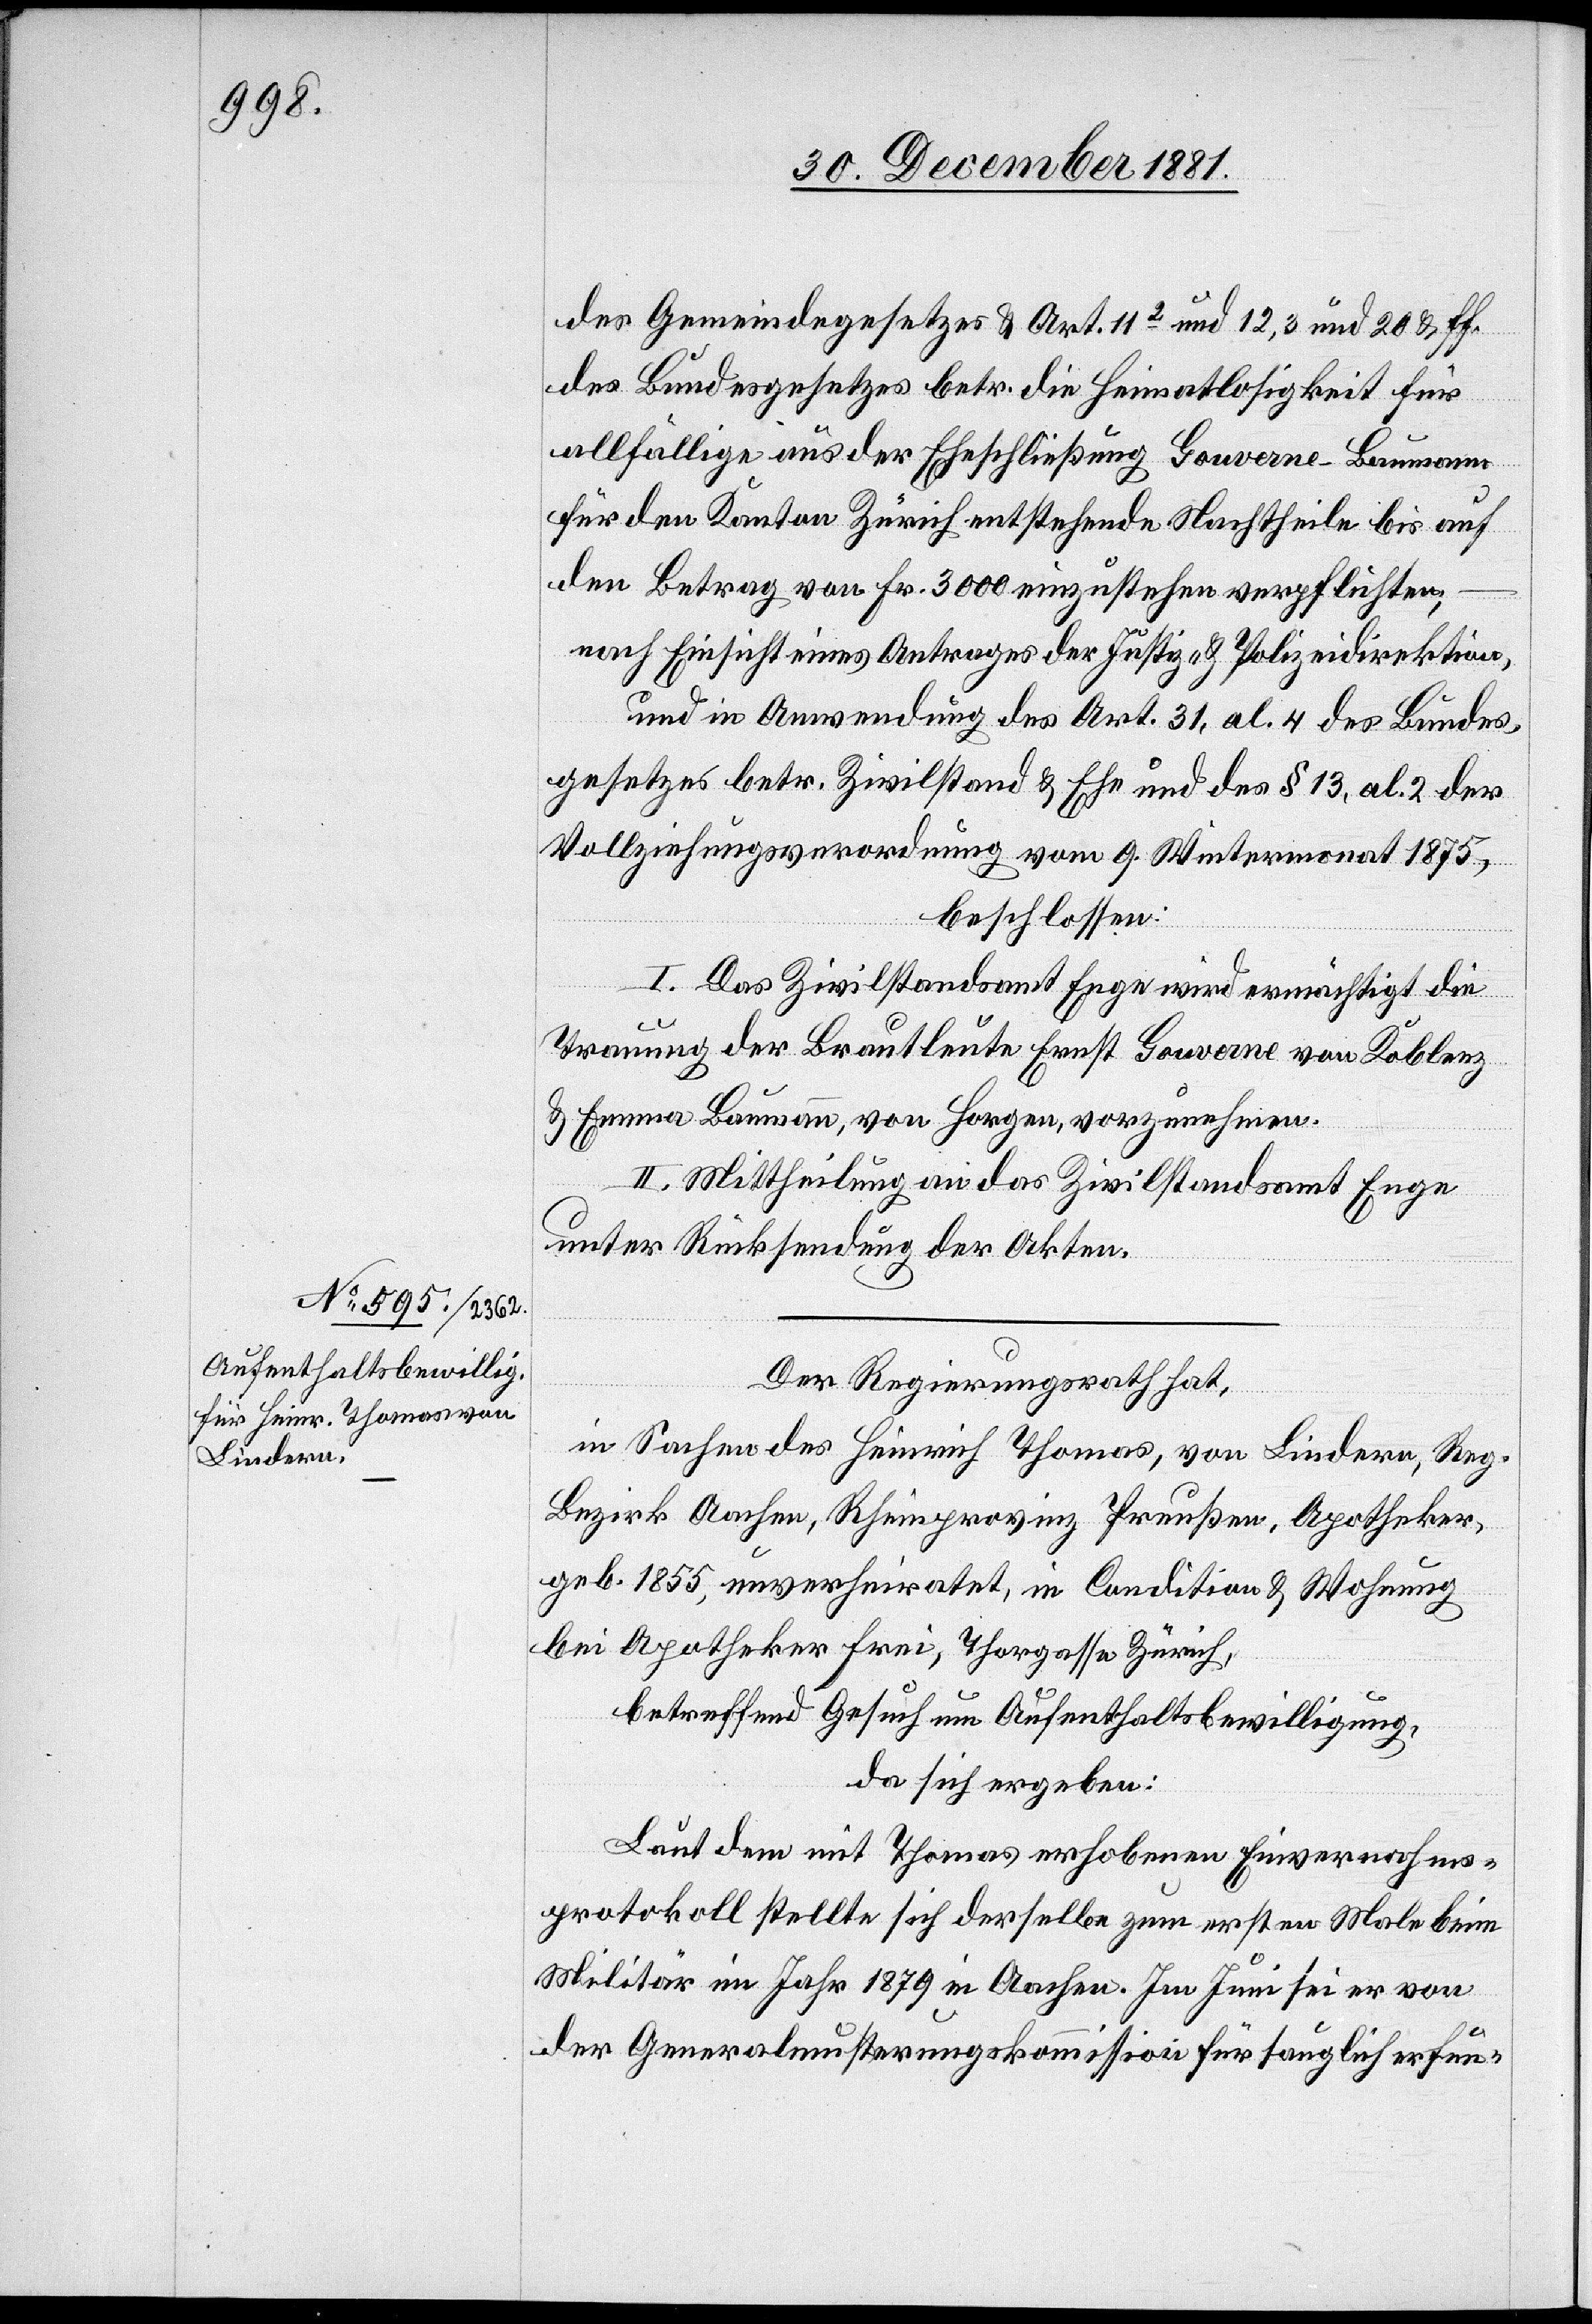
des Gemeindegesetzes & Art. 112 und 12,3 und 20 & ff.
des Bundesgesetzes betr. die Heimatlosigkeit für
allfällige aus der Eheschließung Gouverne-Baumann
für den Kanton Zürich entstehende Nachtheile bis auf
den Betrag von Fr. 3000 einzustehen verpflichten;
nach Einsicht eines Antrages der Justiz- & Polizeidirektion,
und in Anwendung des Art. 31, al. 4 des Bundes¬
gesetzes betr. Zivilstand & Ehe und des § 13, al. 2 der
Vollziehungsverordnung vom 9. Wintermonat 1875,
beschlossen:
I. Das Zivilstandsamt Enge wird ermächtigt die
Trauung der Brautleute Ernst Gouverne von Koblenz
& Emma Baumann, von Horgen, vorzunehmen.
II. Mittheilung an das Zivilstandsamt Enge
unter Rücksendung der Akten.
Der Regierungsrath hat,
in Sachen des Heinrich Thomas, von Lindern, Reg.
Bezirk Aachen, Rheinprovinz Preußen, Apotheker,
geb. 1835, unverheiratet, in Condition & Wohnung
bei Apotheker Frei, Thorgasse Zürich,
betreffend Gesuch um Aufenthaltsbewilligung,
da sich ergeben:
Laut dem mit Thomas erhobenen Einvernahms¬
protokoll stellte sich derselbe zum ersten Male beim
Militär im Jahr 1879 in Aachen. Im Juni sei er von
der Generalmusterungskommission für tauglich erfun-